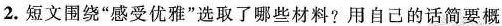
2.短文围绕“感受优雅”选取了哪些材料?用自己的话简要概